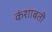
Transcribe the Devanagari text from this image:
कंशाबती